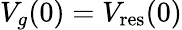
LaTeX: V_{g}(0)=V_{\textrm{res}}(0)